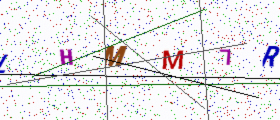
Text: LHMM7R